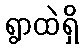
ရွာထဲရှိ